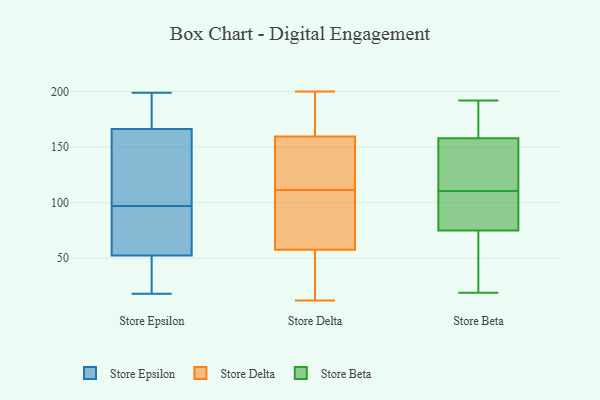
{"axis": {"x": "LTV (USD)", "y": "Value"}, "legend": ["Store Beta", "Store Delta", "Store Epsilon"], "data": [{"x": "", "y": 127, "type": "Store Epsilon"}, {"x": "", "y": 167, "type": "Store Epsilon"}, {"x": "", "y": 97, "type": "Store Epsilon"}, {"x": "", "y": 72, "type": "Store Epsilon"}, {"x": "", "y": 51, "type": "Store Epsilon"}, {"x": "", "y": 74, "type": "Store Epsilon"}, {"x": "", "y": 39, "type": "Store Epsilon"}, {"x": "", "y": 98, "type": "Store Epsilon"}, {"x": "", "y": 189, "type": "Store Epsilon"}, {"x": "", "y": 166, "type": "Store Epsilon"}, {"x": "", "y": 149, "type": "Store Epsilon"}, {"x": "", "y": 194, "type": "Store Epsilon"}, {"x": "", "y": 36, "type": "Store Epsilon"}, {"x": "", "y": 199, "type": "Store Epsilon"}, {"x": "", "y": 18, "type": "Store Epsilon"}, {"x": "", "y": 53, "type": "Store Epsilon"}, {"x": "", "y": 96, "type": "Store Epsilon"}, {"x": "", "y": 172, "type": "Store Delta"}, {"x": "", "y": 137, "type": "Store Delta"}, {"x": "", "y": 196, "type": "Store Delta"}, {"x": "", "y": 18, "type": "Store Delta"}, {"x": "", "y": 12, "type": "Store Delta"}, {"x": "", "y": 52, "type": "Store Delta"}, {"x": "", "y": 58, "type": "Store Delta"}, {"x": "", "y": 72, "type": "Store Delta"}, {"x": "", "y": 82, "type": "Store Delta"}, {"x": "", "y": 27, "type": "Store Delta"}, {"x": "", "y": 90, "type": "Store Delta"}, {"x": "", "y": 162, "type": "Store Delta"}, {"x": "", "y": 200, "type": "Store Delta"}, {"x": "", "y": 57, "type": "Store Delta"}, {"x": "", "y": 198, "type": "Store Delta"}, {"x": "", "y": 102, "type": "Store Delta"}, {"x": "", "y": 121, "type": "Store Delta"}, {"x": "", "y": 130, "type": "Store Delta"}, {"x": "", "y": 157, "type": "Store Delta"}, {"x": "", "y": 152, "type": "Store Delta"}, {"x": "", "y": 143, "type": "Store Beta"}, {"x": "", "y": 40, "type": "Store Beta"}, {"x": "", "y": 192, "type": "Store Beta"}, {"x": "", "y": 124, "type": "Store Beta"}, {"x": "", "y": 53, "type": "Store Beta"}, {"x": "", "y": 164, "type": "Store Beta"}, {"x": "", "y": 19, "type": "Store Beta"}, {"x": "", "y": 75, "type": "Store Beta"}, {"x": "", "y": 99, "type": "Store Beta"}, {"x": "", "y": 119, "type": "Store Beta"}, {"x": "", "y": 158, "type": "Store Beta"}, {"x": "", "y": 158, "type": "Store Beta"}, {"x": "", "y": 93, "type": "Store Beta"}, {"x": "", "y": 102, "type": "Store Beta"}]}